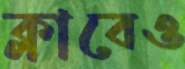
ক্লাবেও